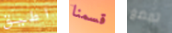
اطيق قسمنا تمضغ